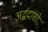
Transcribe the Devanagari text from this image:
अर्द्धदासों